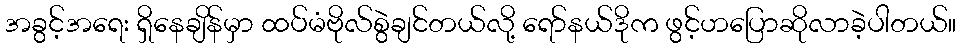
အခွင့်အရေး ရှိနေချိန်မှာ ထပ်မံဗိုလ်စွဲချင်တယ်လို့ ရော်နယ်ဒိုက ဖွင့်ဟပြောဆိုလာခဲ့ပါတယ်။